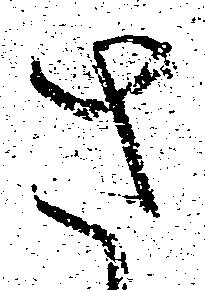
さ